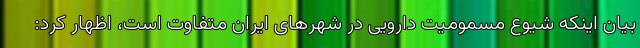
بیان اینکه شیوع مسمومیت دارویی در شهرهای ایران متفاوت است، اظهار کرد: